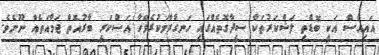
އައިއެސް އަކީ ބޮޑެތި ލަޝްކަރުތަކާ ސީދާގޮތެއްގައި ހަނގުރާމަކުރެވޭހާ އަސްކަރީ ބާރުއޮތް ޖަމާއަތެއް ނޫނެވެ.